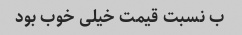
ب نسبت قیمت خیلی خوب بود